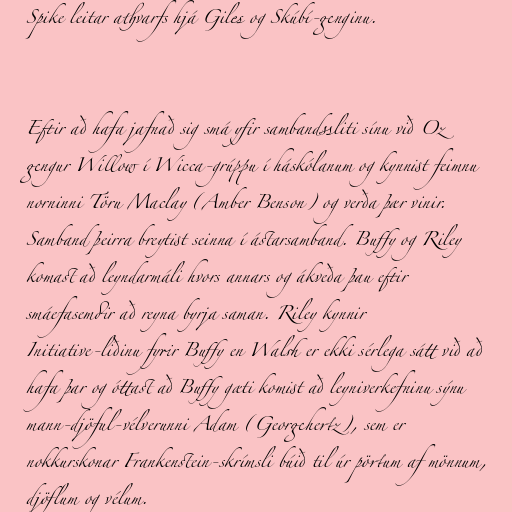
Spike leitar athvarfs hjá Giles og Skúbí-genginu.

Eftir að hafa jafnað sig smá yfir sambandssliti sínu við Oz
gengur Willow í Wicca-grúppu í háskólanum og kynnist feimnu
norninni Töru Maclay (Amber Benson) og verða þær vinir.
Samband þeirra breytist seinna í ástarsamband. Buffy og Riley
komast að leyndarmáli hvors annars og ákveða þau eftir
smáefasemdir að reyna byrja saman. Riley kynnir
Initiative-liðinu fyrir Buffy en Walsh er ekki sérlega sátt við að
hafa þar og óttast að Buffy gæti komist að leyniverkefninu sýnu
mann-djöful-vélverunni Adam (Georgehertz), sem er
nokkurskonar Frankenstein-skrímsli búið til úr pörtum af mönnum,
djöflum og vélum.